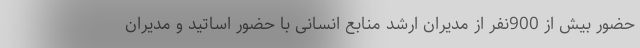
حضور بیش از 900نفر از مدیران ارشد منابع انسانی با حضور اساتید و مدیران